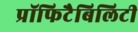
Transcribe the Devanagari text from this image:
प्रॉफिटैबिलिटी